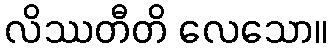
လိဿတီတိ လေသော။